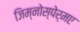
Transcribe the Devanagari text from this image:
जिम्नोस्पेर्मए